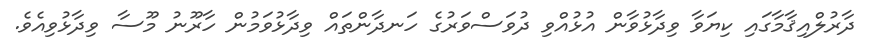
ދާރުލްއިޤާމާގައި ކިޔަވާ ވިދާޅުވާން އުޅުއްވި ދުވަސްވަރުގެ ހަނދާންތައް ވިދާޅުވަމުން ހާރޫނު މޫސާ ވިދާޅުވިއެވެ.